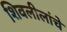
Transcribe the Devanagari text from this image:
शिवलीलांचे